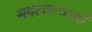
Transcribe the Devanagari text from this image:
नवलकथाओं